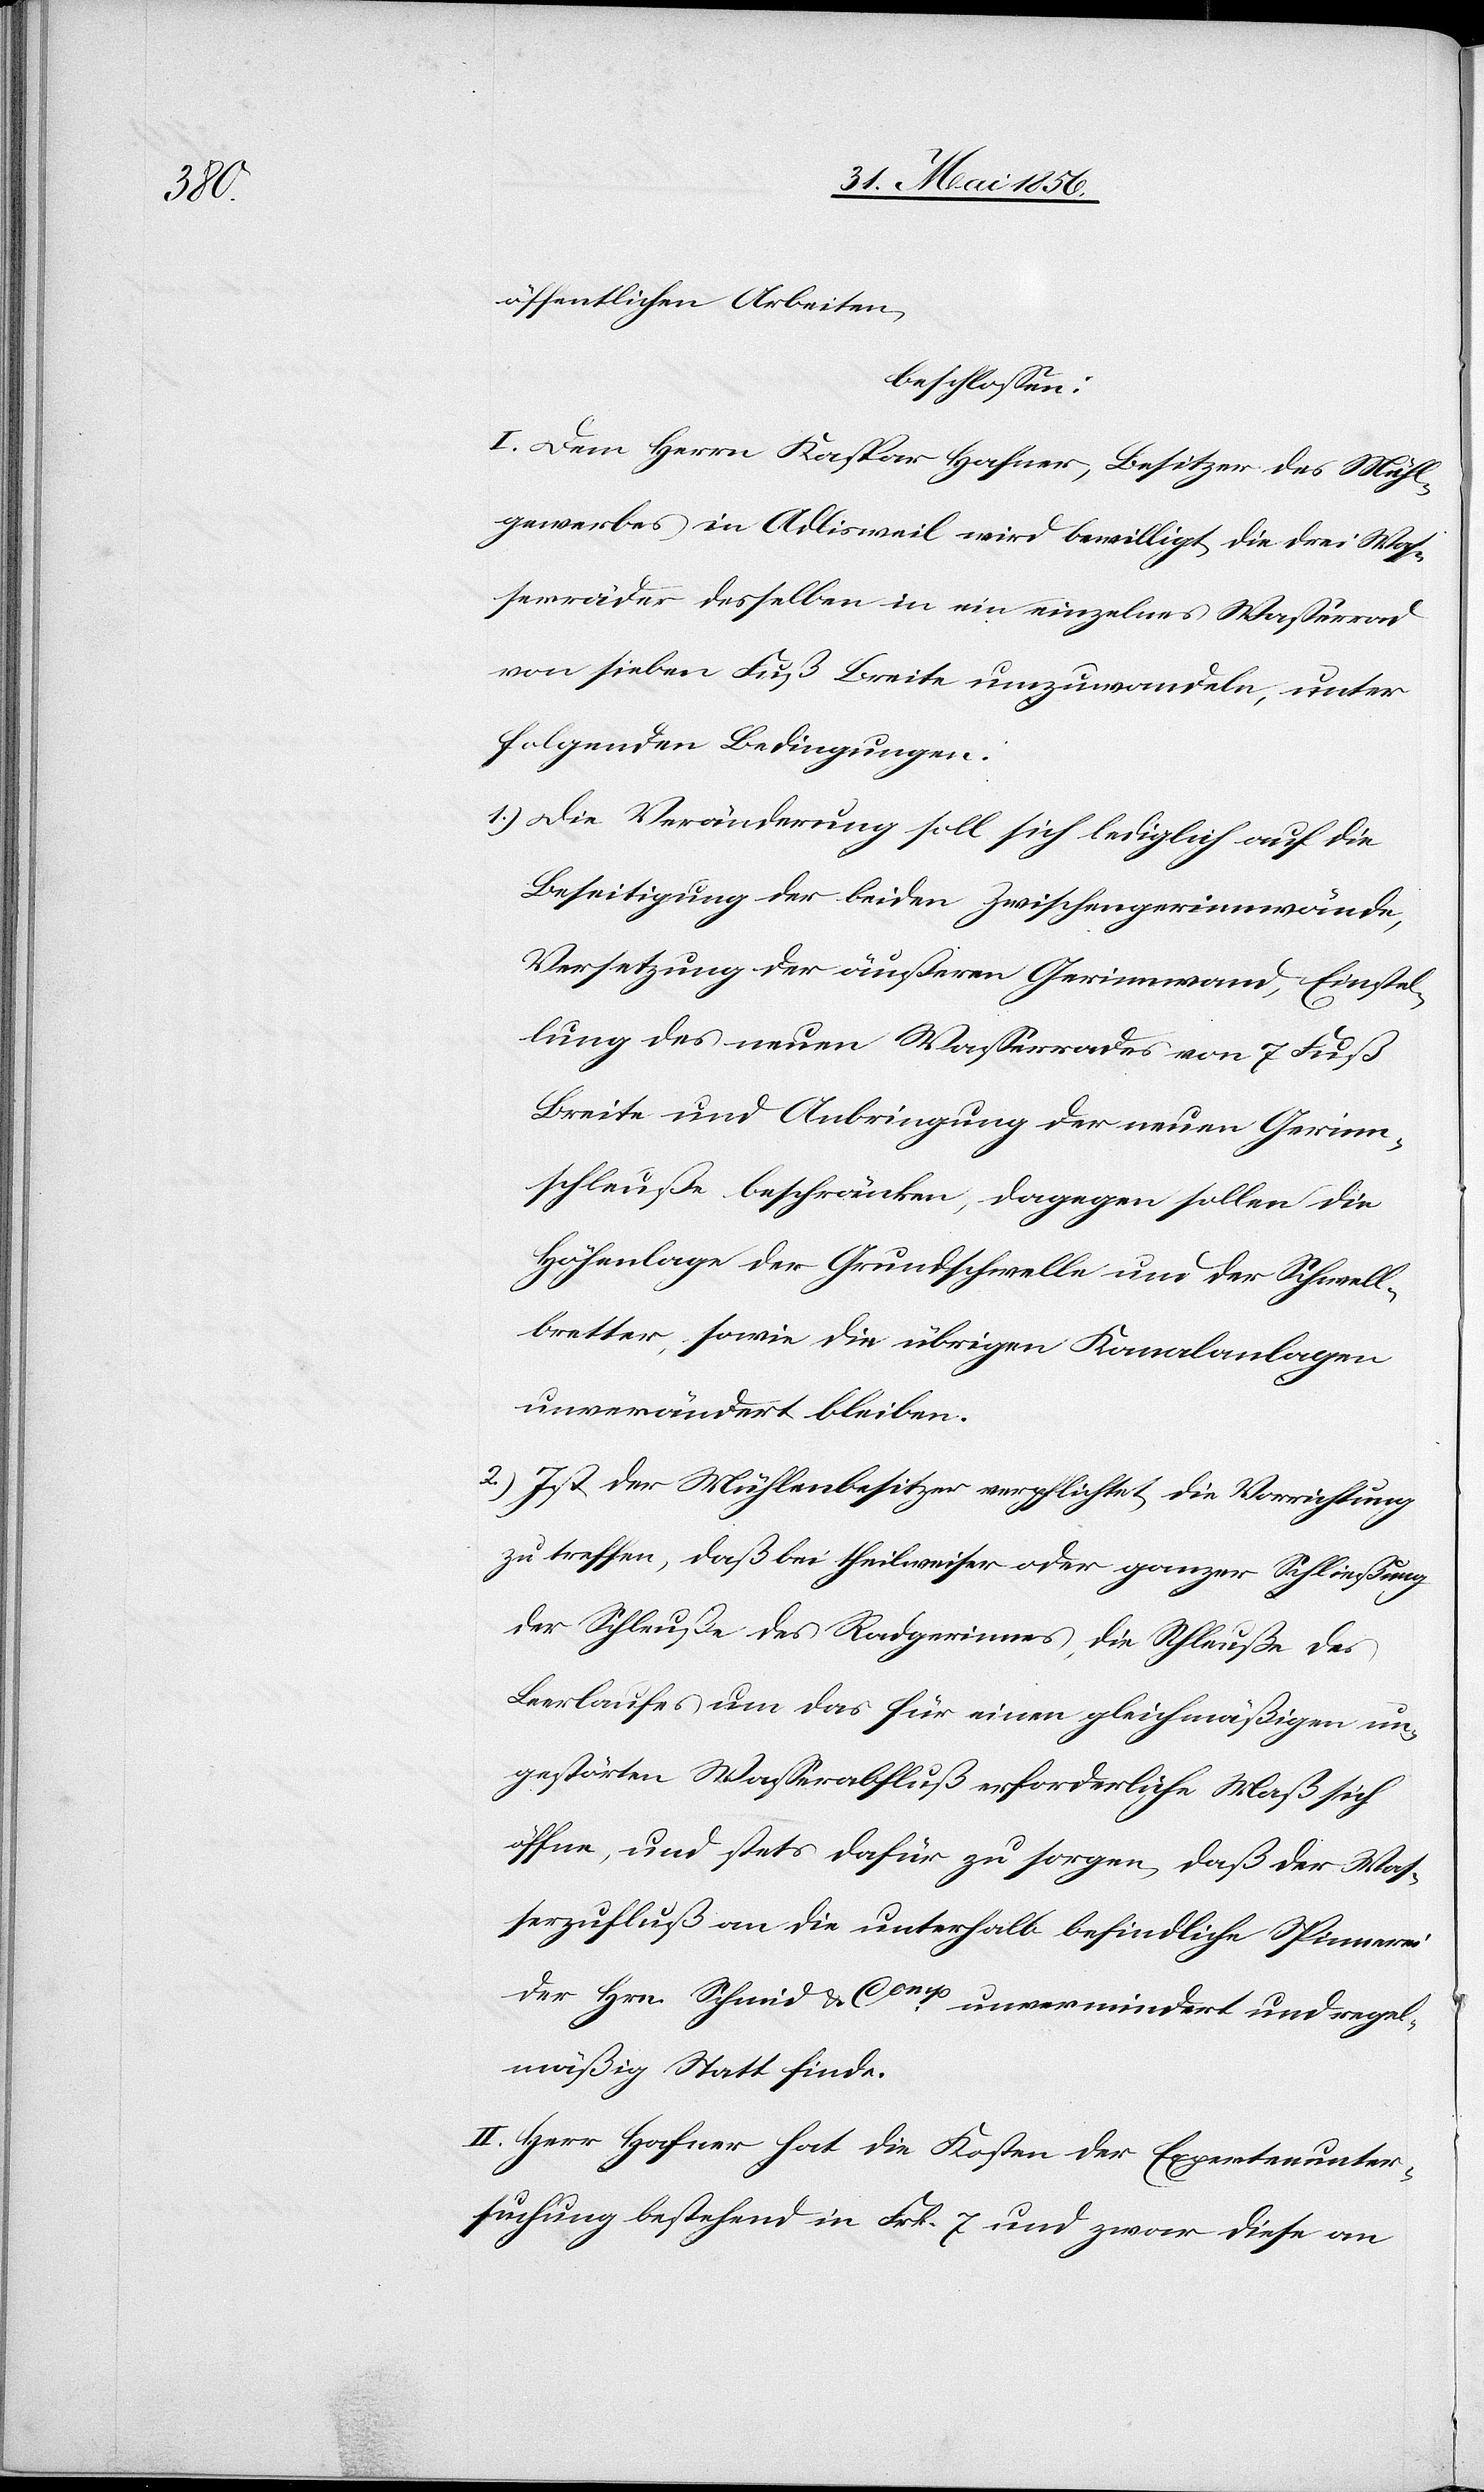
öffentlichen Arbeiten,
beschlossen:
I. Dem Herrn Kaspar Hafner, Besitzer des Mühl¬
gewerbes in Adlisweil wird bewilligt, die drei Was¬
serräder desselben in ein einzelnes Wasserrad
von sieben Fuß Breite umzuwandeln, unter
folgenden Bedingungen:
1.) Die Veränderung soll sich lediglich auf die
Beseitigung der beiden Zwischengerinnwände,
Versetzung der äußeren Gerinnwand, Einstel¬
lung des neuen Wasserrades von 7 Fuß
Breite und Anbringung der neuen Gerinn¬
schleuße beschränken, dagegen sollen die
Höhenlage der Grundschwelle und der Schwell¬
bretter, sowie die übrigen Kanalanlagen
unverändert bleiben.
2.) Ist der Mühlebesitzer verpflichtet, die Verrichtung
zu treffen, daß bei theilweiser oder ganzer Schließung
der Schleuße des Radgerinnes, die Schleuße des
Leerlaufes um das für einen gleichmäßigen un¬
gestörten Wasserabfluß erforderliche Maß sich
öffne, und stets dafür zu sorgen, daß der Was¬
serzufluß an die unterhalb befindliche Spinnerei
der Hrn. Schmid & Comp unvermindert und regel¬
mäßig Statt finde.
II. Herr Hafner hat die Kosten der Expertenunter¬
suchung bestehend in Frk. 7 und zwar diese an